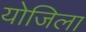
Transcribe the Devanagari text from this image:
योजिला